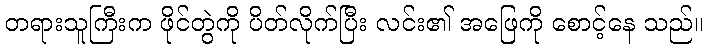
တရားသူကြီးက ဖိုင်တွဲကို ပိတ်လိုက်ပြီး လင်း၏ အဖြေကို စောင့်နေ သည်။